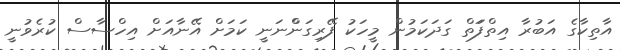
އާތިކާގެ އަބުރާ އިތްފަަތް ގަދަަކަަމުން މީހަަކު ފޭރިގަންްނަނީ ކަަމަށް އޭނާއަށް އިހްސާސް ކުރެވުނީ